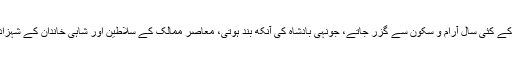
ایک بادشاہ کے زیر اثر سلطنت کے کئی سال آرام و سکون سے گزر جاتے، جونہی بادشاہ کی آنکھ بند ہوتی، معاصر ممالک کے سلاطین اور شاہی خاندان کے شہزادوں کے درمیان کارزار بن جاتا۔